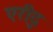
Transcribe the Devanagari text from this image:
एरीदु